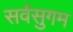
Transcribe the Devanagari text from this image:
सर्वसुगम